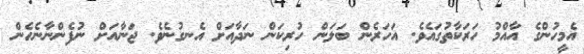
އެމީހުންގެ އާއްމު ހަރަކާތުގައެވެ. އަހަރެން ބަލަން ހުރިކަން ނަދާއަށް އެނގުނެވެ. ޖަނާއަށް ނުފެންނާނެހެން